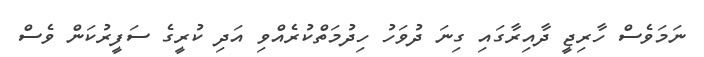
ނަމަވެސް ހާރިޖީ ދާއިރާގައި ގިނަ ދުވަހު ހިދުމަތްކުރެއްވި އަދި ކުރީގެ ސަފީރުކަން ވެސް